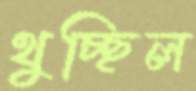
থুচ্ছিল